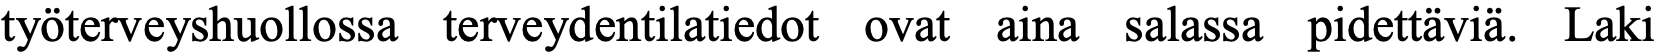
työterveyshuollossa terveydentilatiedot ovat aina salassa pidettäviä. Laki